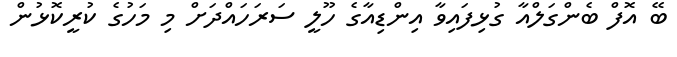
ބޭ އޮފް ބެންގަލްއާ ގުޅިފައިވާ އިންޑިއާގެ ހޫލީ ސަރަހައްދަށް މި މަހުގެ ކުރީކޮޅުން